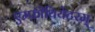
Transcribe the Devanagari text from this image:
एम्फ़ीथियेटरम्